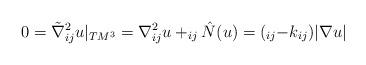
LaTeX: \begin{align*}0=\tilde{\nabla}^2_{ij}u|_{TM^3}=\nabla^2_{ij}u+_{ij}\hat{N}(u)=(_{ij}-k_{ij})|\nabla u|\end{align*}